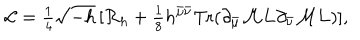
{ \cal L } = { \textstyle { \frac { 1 } { 4 } } } \sqrt { - h } \, [ { \cal R } _ { h } + { \textstyle { \frac { 1 } { 8 } } } h ^ { \bar { \mu } \bar { \nu } } \mathrm { T r } ( \partial _ { \bar { \mu } } { \cal M } { \bf L } \partial _ { \bar { \nu } } { \cal M } { \bf L } ) ] ,